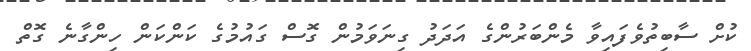
ކުށް ސާބިތުވެފައިވާ މެންބަރުންގެ އަދަދު ގިނަވަމުން ގޮސް ގައުމުގެ ކަންކަން ހިންގާނެ ގޮތް